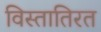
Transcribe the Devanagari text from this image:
विस्तातिरत